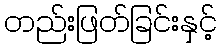
တည်းဖြတ်ခြင်းနှင့်